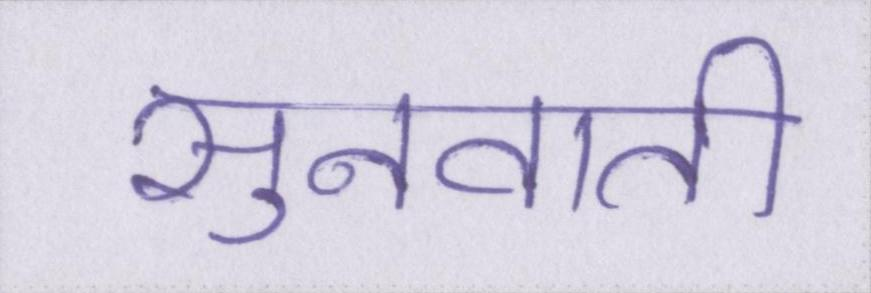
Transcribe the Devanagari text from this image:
सुनवाती